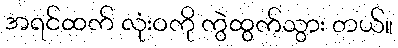
အရင်ထက် လုံးဝကို ကွဲထွက်သွား တယ်။